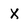
Character: x